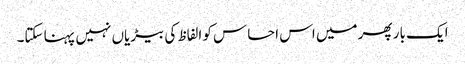
ایک بار پھر میں اس احساس کو الفاظ کی بیڑیاں نہیں پہنا سکتا۔